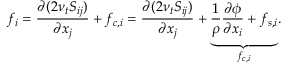
f _ { i } = \frac { \partial ( 2 \nu _ { t } S _ { i j } ) } { \partial x _ { j } } + f _ { c , i } = \frac { \partial ( 2 \nu _ { t } S _ { i j } ) } { \partial x _ { j } } + \underset { f _ { c , i } } { \underbrace { \frac { 1 } { \rho } \frac { \partial \phi } { \partial x _ { i } } + f _ { s , i } } } .